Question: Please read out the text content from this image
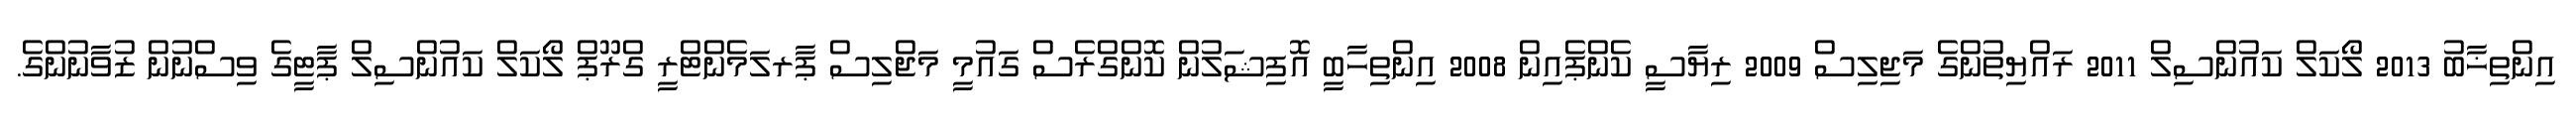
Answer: އިންތިޚާބު 2013 ލޯކަލް ކައުންސިލް 2011 ރައްޔިތުންގެ މަޖިލިސް 2009 ރިޔާސީ ކެންޕެއިން 2008 އިންތިހާބީ އޮފިޝަލުން ކޮންގްރެސް ގައުމީ މަޖްލިސް ޕާރލަމެންޓްރީ ގްރޫޕް ލޯކަލް ކައުންސިލް ޕާޓީގެ ވިސްނުން ޒުވާނުންގެ.